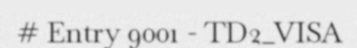
# Entry 9001 - TD2_VISA